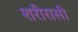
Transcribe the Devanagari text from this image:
शरीरासी